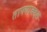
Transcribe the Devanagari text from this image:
ताफ्याबद्दल